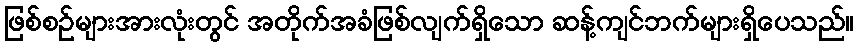
ဖြစ်စဉ်များအားလုံးတွင် အတိုက်အခံဖြစ်လျက်ရှိသော ဆန့်ကျင်ဘက်များရှိပေသည်။